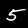
Label: 5